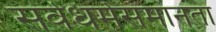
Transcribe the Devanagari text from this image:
सर्वधर्मसमानता